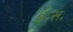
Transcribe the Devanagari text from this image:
ई॰स॰